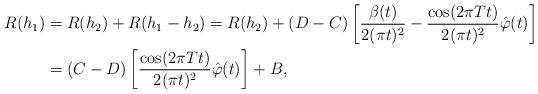
LaTeX: \begin{align*}R(h_1)&=R(h_2)+R(h_1-h_2)=R(h_2)+(D-C)\left[\frac{\beta(t)}{2(\pi t)^2}-\frac{\cos(2\pi T t)}{2(\pi t)^2}\hat{\varphi}(t)\right]\\&=(C-D)\left[\frac{\cos(2\pi T t)}{2(\pi t)^2}\hat{\varphi}(t)\right]+B,\end{align*}